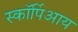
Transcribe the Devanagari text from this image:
स्कॉर्पिआय